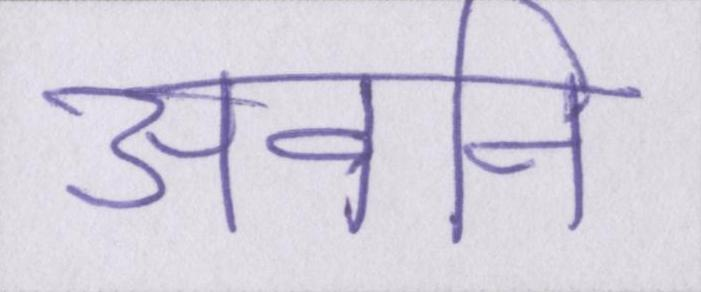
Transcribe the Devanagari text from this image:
अवनि